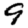
Digit: 9